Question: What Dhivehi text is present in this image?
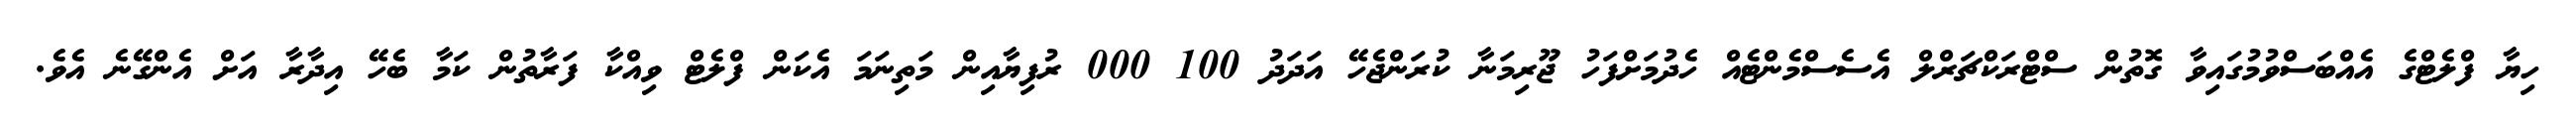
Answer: ހިޔާ ފްލެޓްގެ އެއްބަސްވުމުގައިވާ ގޮތުން ސްޓްރަކްޗަރްލް އެސެސްމެންޓެއް ހެދުމަށްފަހު ޖޫރިމަނާ ކުރަންޖެހޭ އަދަދު 100 000 ރުފިޔާއިން މަތިނަމަ އެކަން ފްލެޓް ވިއްކާ ފަރާތުން ކަމާ ބެހޭ އިދާރާ އަށް އެންގޭނެ އެވެ.